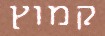
קמוץ